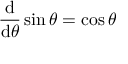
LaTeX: { \frac { \operatorname { d } } { \operatorname { d } \! \theta } } \sin \theta = \cos \theta